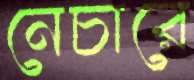
নেচারে